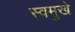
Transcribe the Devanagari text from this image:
स्वमुखे